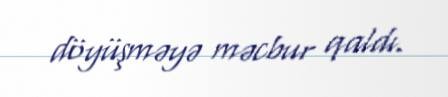
döyüşməyə məcbur qaldı.